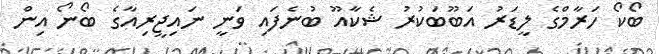
ބޯކޯ ހަރާމްގެ ލީޑަރު އަބޫބަކުރު ޝެކާއޫ ބުނެފައި ވަނީ ނައިޖީރިއާގެ ބޯނޯ އިން